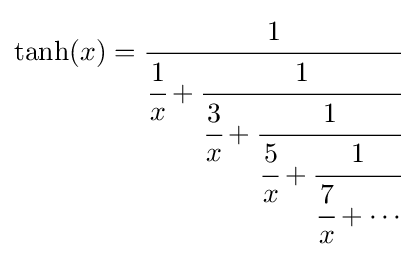
\tanh(x)={\cfrac {1}{{\cfrac {1}{x}}+{\cfrac {1}{{\cfrac {3}{x}}+{\cfrac {1}{{\cfrac {5}{x}}+{\cfrac {1}{{\cfrac {7}{x}}+\cdots }}}}}}}}